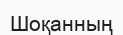
Шоқанның